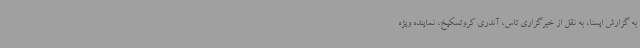
به گزارش ایسنا، به نقل از خبرگزاری تاس، آندری کروتسکیخ، نماینده ویژه